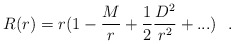
\begin{align*}R(r)=r(1-{M\over r}+ \frac {1}{2}{D^2\over r^2}+...)~~.\end{align*}